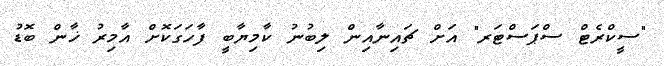
"ސީކްރެޓް ސްޕަސްޓަރ" އަށް ޗައިނާއިން ލިބުނު ކާމިޔާބީ ފާހަގަކޮށް އާމިރު ޚާން ބޮޑު